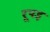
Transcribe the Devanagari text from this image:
रूपड़